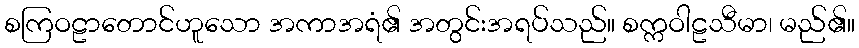
စကြဝဠာတောင်ဟူသော အကာအရံ၏ အတွင်းအရပ်သည်။ စက္ကဝါဠသီမာ၊ မည်၏။